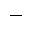
-